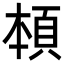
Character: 𩒅